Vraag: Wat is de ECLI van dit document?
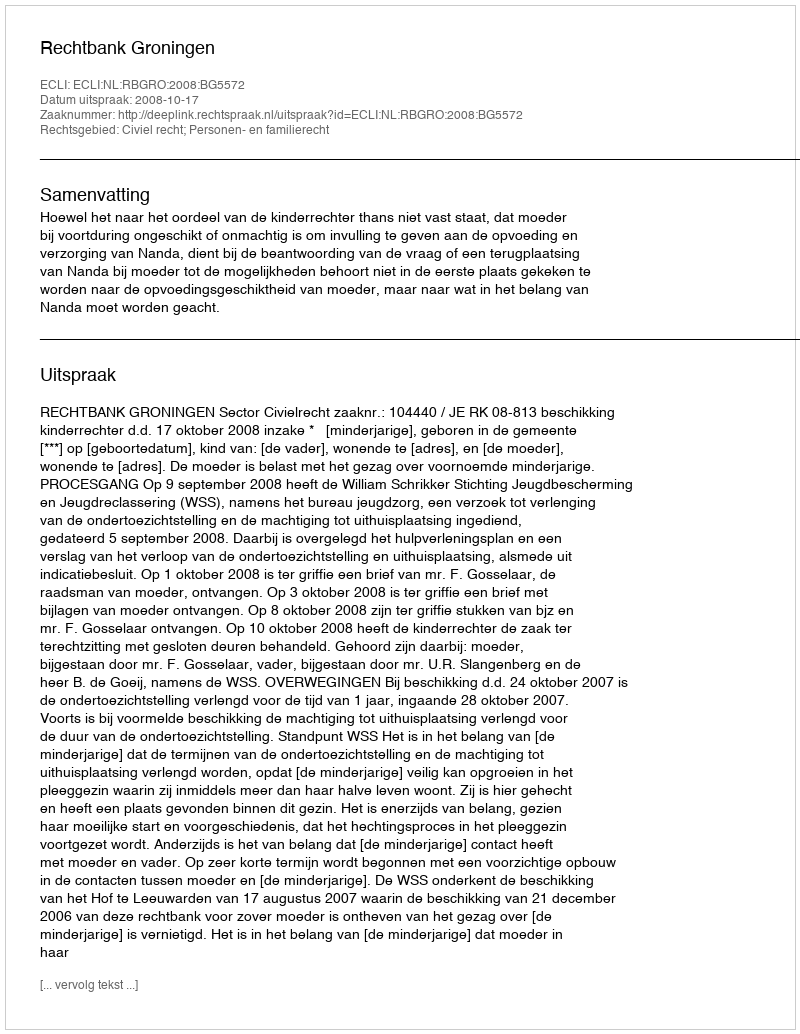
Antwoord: ECLI:NL:RBGRO:2008:BG5572